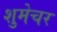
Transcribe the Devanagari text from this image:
शुमेचर